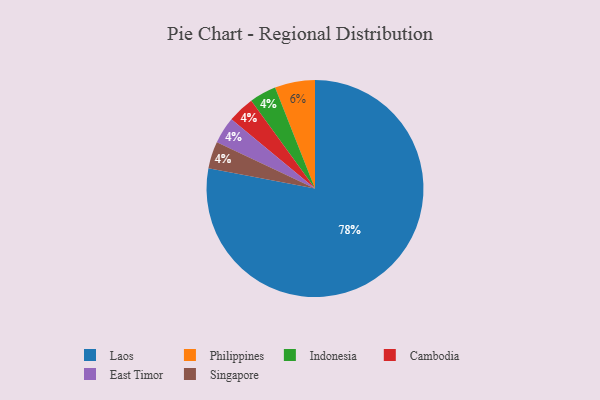
{"axis": {"x": "Category", "y": "Percentage"}, "legend": ["Cambodia", "East Timor", "Indonesia", "Laos", "Philippines", "Singapore"], "data": [{"x": "Indonesia", "y": 4, "type": "Indonesia"}, {"x": "Laos", "y": 78, "type": "Laos"}, {"x": "Philippines", "y": 6, "type": "Philippines"}, {"x": "Cambodia", "y": 4, "type": "Cambodia"}, {"x": "East Timor", "y": 4, "type": "East Timor"}, {"x": "Singapore", "y": 4, "type": "Singapore"}]}